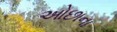
ઓછાના